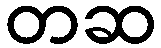
တဆ